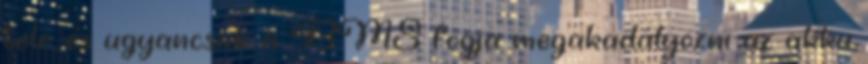
tele, és ugyancsak a BMS fogja megakadályozni az akku